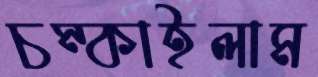
চম্‌কাইলাম